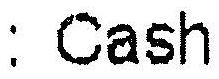
: CASH